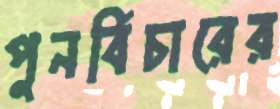
পুনর্বিচারের